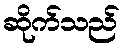
ဆိုက်သည်